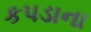
કપડાના